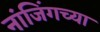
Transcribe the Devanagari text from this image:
नांजिंगच्या